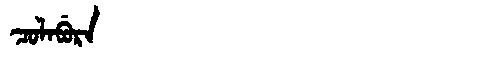
Manchu: ᠴᠣᠯᠠᠪᡠᡵᠠ
Romanization: COLABURA